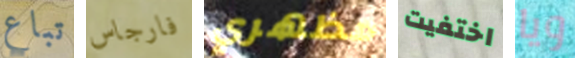
تباع فارجاس مظهري اختفيت ويا